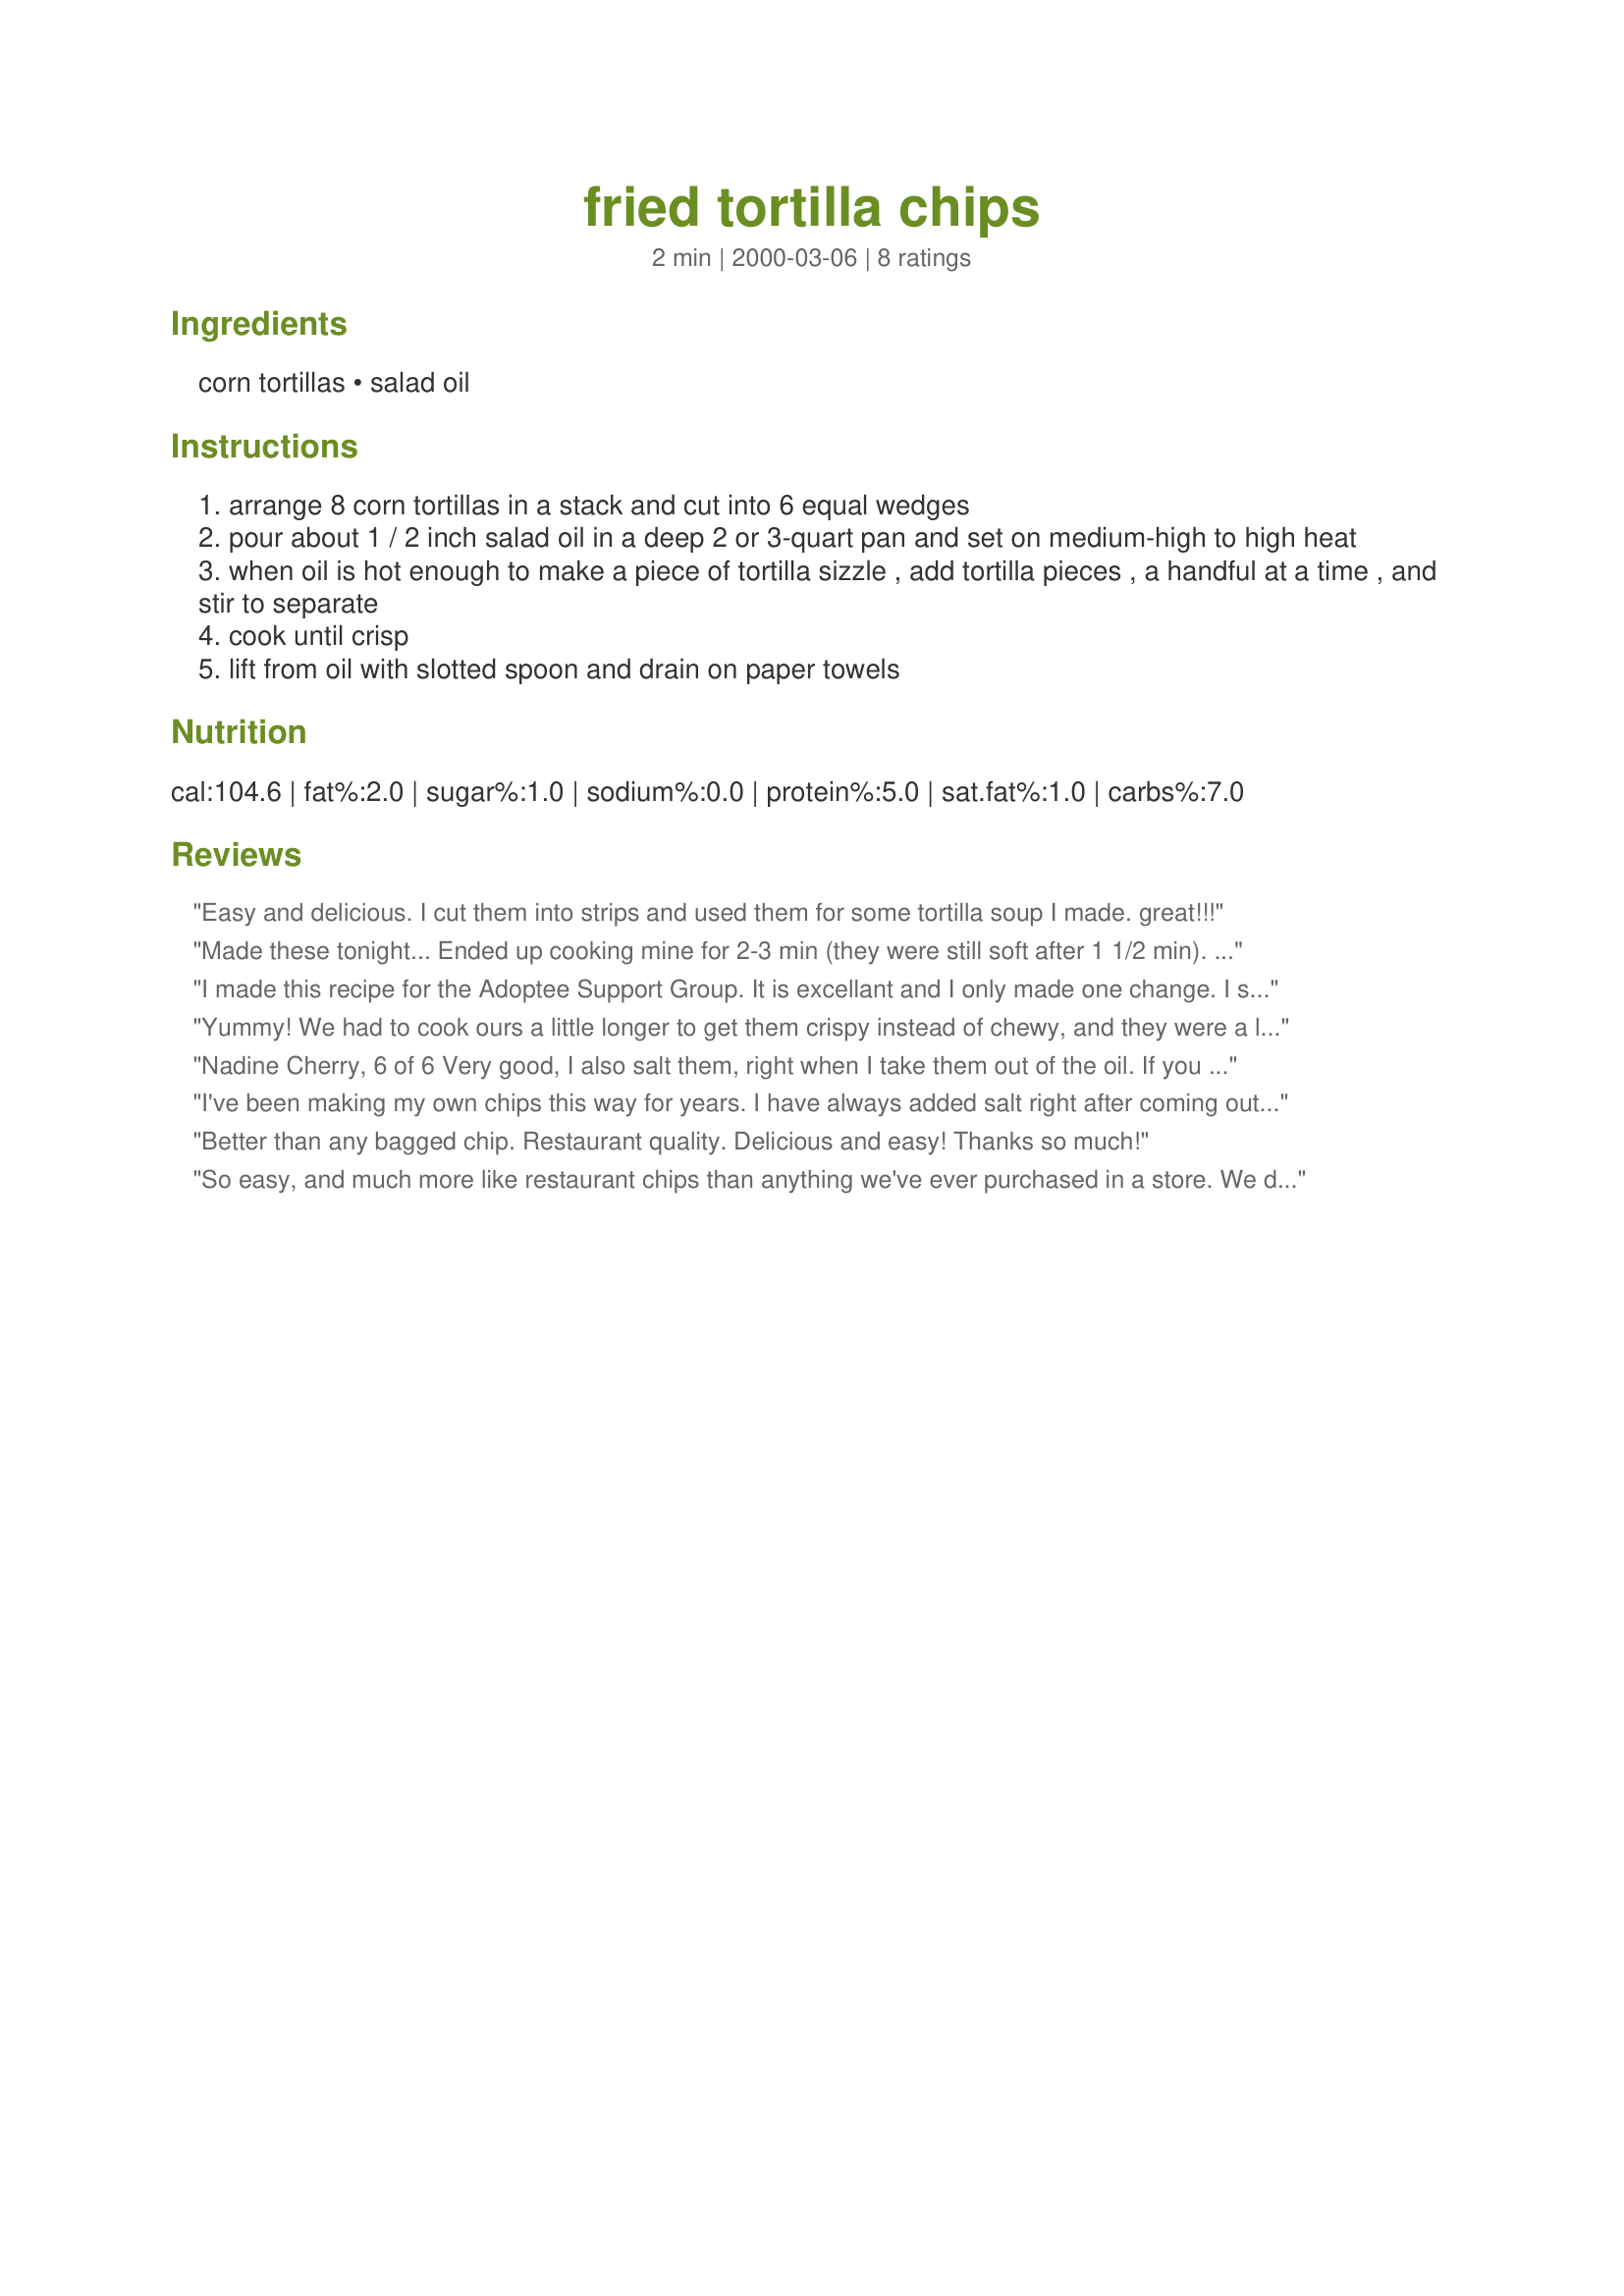
fried tortilla chips
Preparation time: 2 minutes

Ingredients:
corn tortillas, salad oil

Steps:
arrange 8 corn tortillas in a stack and cut into 6 equal wedges
pour about 1 / 2 inch salad oil in a deep 2 or 3-quart pan and set on medium-high to high heat
when oil is hot enough to make a piece of tortilla sizzle , add tortilla pieces , a handful at a time , and stir to separate
cook until crisp
lift from oil with slotted spoon and drain on paper towels

Reviews:
Easy and delicious. I cut them into strips and used them for some tortilla soup I made. great!!!
Made these tonight... Ended up cooking mine for 2-3 min (they were still soft after 1 1/2 min). Like mine a bit brown anyway. Only change was to add a bit of salt at the end. Thanks for sharing!
I made this recipe for the Adoptee Support Group. It is excellant and I only made one change. I sprinkled some kosher salt on the chips when they first came out of the oil. I feel some seasoning salt, chioi powder or cajun spice would work well too. Be sure and fry long enough to get them crisp. Great recipe.
Yummy! We had to cook ours a little longer to get them crispy instead of chewy, and they were a little more browned than we expected them to be--but boy, were they good! (Like several other reviewers, we sprinkled our chips with a little bit of salt immediately after frying.)
Nadine Cherry, 6 of 6
Very good, I also salt them, right when I take them out of the oil. If you don't fry them long enough, they are chewy, fry them to where they are crispy. Lay them on several paper towels to drain.
I've been making my own chips this way for years. I have always added salt right after coming out of the oil. Recently, however, I have started adding a little Goya Adobo seasoning right after removing from oil. Delicious!
Better than any bagged chip. Restaurant quality. Delicious and easy! Thanks so much!
So easy, and much more like restaurant chips than anything we've ever purchased in a store. We did salt them after frying, as several people recommended. Now we just need to work on frying them just the right amount of time. We used a deep fryer, set to 350.
